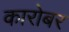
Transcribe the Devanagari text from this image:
कारोबर